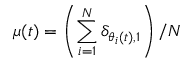
\mu ( t ) = \left( \sum _ { i = 1 } ^ { N } \delta _ { \theta _ { i } ( t ) , 1 } \right) / N